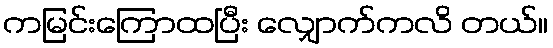
ကမြင်းကြောထပြီး လျှောက်ကလိ တယ်။